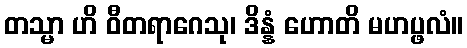
တသ္မာ ဟိ ဝီတရာဂေသု၊ ဒိန္နံ ဟောတိ မဟပ္ဖလံ။